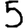
Digit: 5